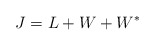
\begin{align*}J=L+W+W^{*}\end{align*}